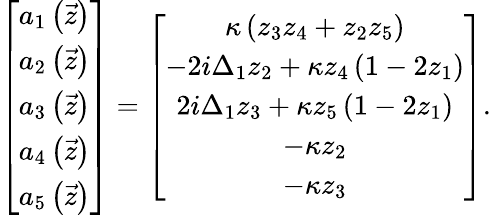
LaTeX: \left[\begin{array}{c}{a_{1}\left(\vec{z}\right)}\\ {a_{2}\left(\vec{z}\right)}\\ {a_{3}\left(\vec{z}\right)}\\ {a_{4}\left(\vec{z}\right)}\\ {a_{5}\left(\vec{z}\right)}\end{array}\right]=\left[\begin{array}{c}{\kappa\left(z_{3}z_{4}+z_{2}z_{5}\right)}\\ {-2i\Delta_{1}z_{2}+\kappa z_{4}\left(1-2z_{1}\right)}\\ {2i\Delta_{1}z_{3}+\kappa z_{5}\left(1-2z_{1}\right)}\\ {-\kappa z_{2}}\\ {-\kappa z_{3}}\end{array}\right].